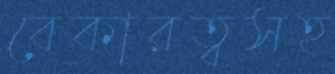
বেকারত্বসহ